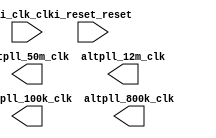

module AltPLL (
	i_clk_clk,
	i_reset_reset,
	altpll_50m_clk,
	altpll_12m_clk,
	altpll_100k_clk,
	altpll_800k_clk);	

	input		i_clk_clk;
	input		i_reset_reset;
	output		altpll_50m_clk;
	output		altpll_12m_clk;
	output		altpll_100k_clk;
	output		altpll_800k_clk;
endmodule